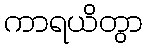
ကာရယိတွာ